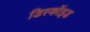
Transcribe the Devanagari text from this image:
डिस्कॉइड